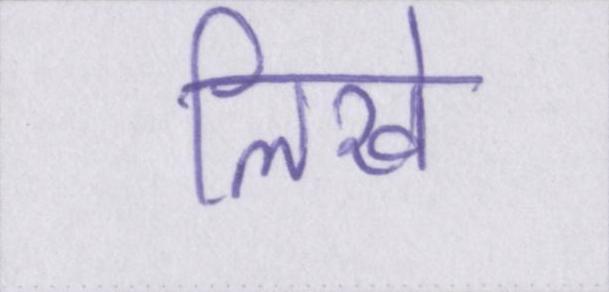
लिखे